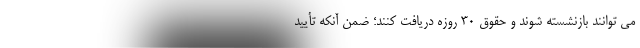
می توانند بازنشسته شوند و حقوق ۳۰ روزه دریافت کنند؛ ضمن آنکه تأیید